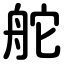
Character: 舵